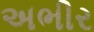
અભીર